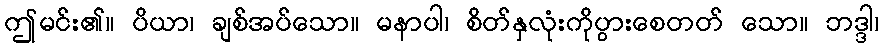
ဤမင်း၏။ ပိယာ၊ ချစ်အပ်သော။ မနာပါ၊ စိတ်နှလုံးကိုပွားစေတတ် သော။ ဘဒ္ဒါ၊